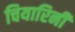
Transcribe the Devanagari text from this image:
चियारिनी